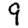
Digit: 9